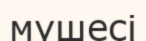
мүшесі